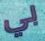
بي